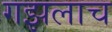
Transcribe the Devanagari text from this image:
गझलाच